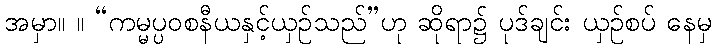
အမှာ။ ။ “ကမ္မပ္ပဝစနီယနှင့်ယှဉ်သည်”ဟု ဆိုရာ၌ ပုဒ်ချင်း ယှဉ်စပ် နေမှ